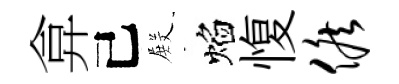
弇己𭮺焰愎候